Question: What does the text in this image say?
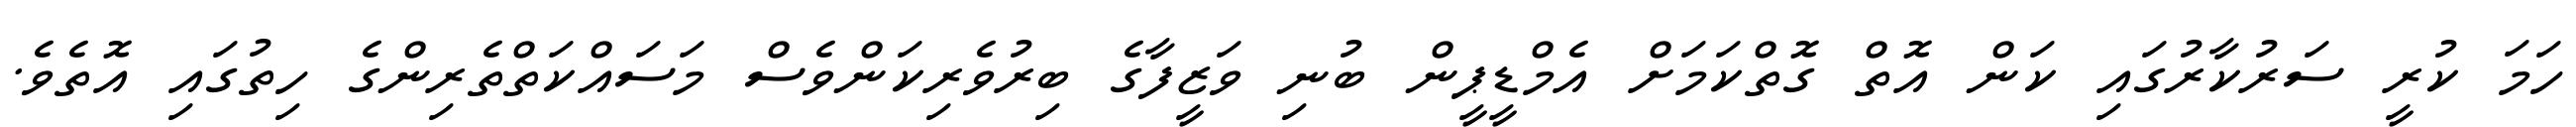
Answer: ހަމަ ކުރީ ސަރުކާރުގައި ކަން އޮތް ގޮތްކަމަށް އެމްޑީޕީން ބުނި ވަޒީފާގެ ބިރުވެރިކަންވެސް މަސައްކަތްތެރިންގެ ހިތުގައި އޮތެވެ.